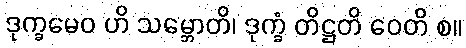
ဒုက္ခမေဝ ဟိ သမ္ဘောတိ၊ ဒုက္ခံ တိဋ္ဌတိ ဝေတိ စ။